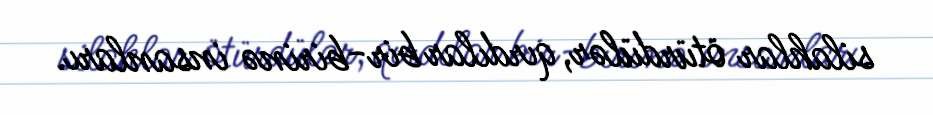
silahlar ötürdülər, qırdılar bir-birinə insanları.